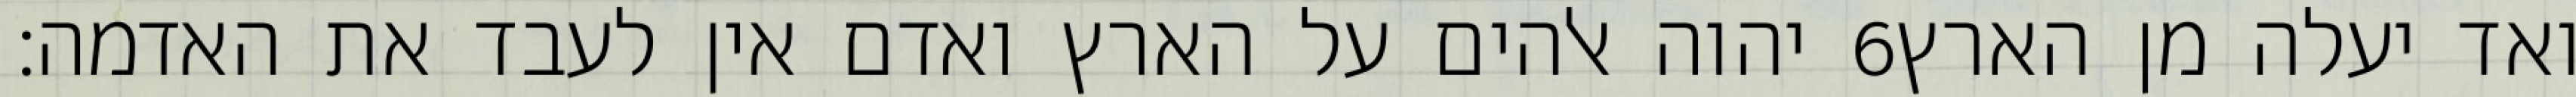
יהוה אלהים על הארץ ואדם אין לעבד את האדמה׃ ‎6‏ ואד יעלה מן הארץ